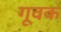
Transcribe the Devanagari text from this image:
गूवक